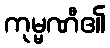
ကုမ္မဏီ၏